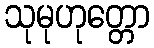
သုမုဟုတ္တော